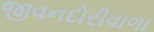
જીવનદોરીવાળા